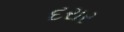
દરાર